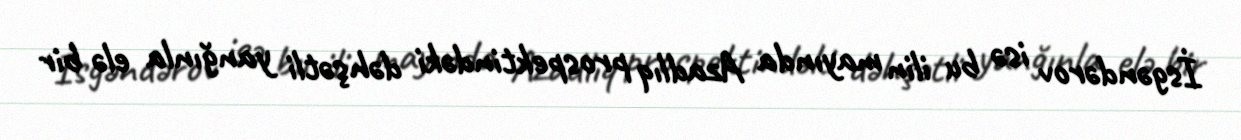
İsgəndərov isə bu ilin mayında Azadlıq prospektindəki dəhşətli yanğınla elə bir